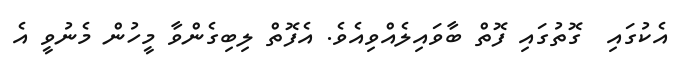
އެކުގައި  ގޮތުގައި ފޮތް ބާވައިލެއްވިއެވެ. އެފޮތް ލިބިގެންވާ މީހުން މެނުވީ އެ